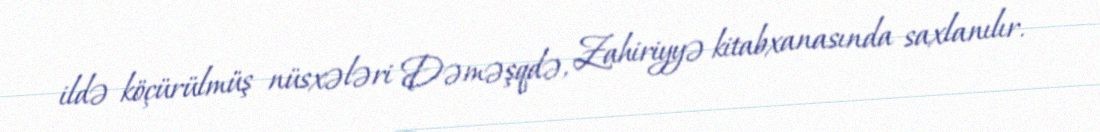
ildə köçürülmüş nüsxələri Dəməşqdə, Zahiriyyə kitabxanasında saxlanılır.